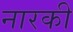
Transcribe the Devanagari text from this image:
नारकी